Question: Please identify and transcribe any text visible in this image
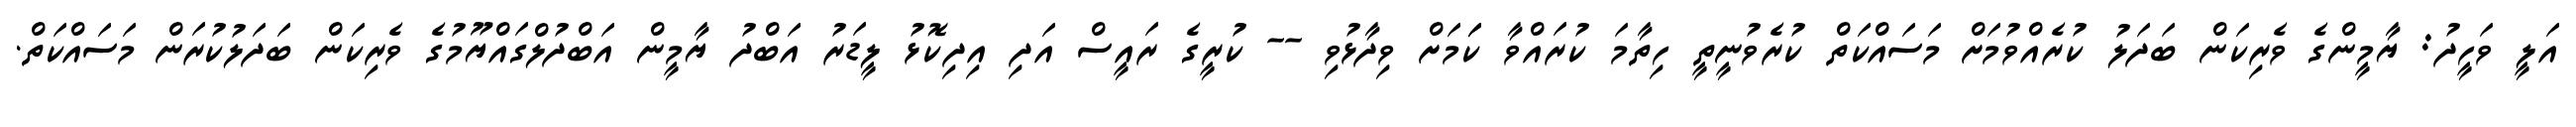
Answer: އަލީ ވަހީދު: ޔާމީންގެ ވެރިކަން ބަދަލު ކުރެއްވުމަށް މަސައްކަތް ކުރެވުނީތީ ހިތާމަ ކުރައްވާ ކަަމަށް ވިދާޅުވި -- ކުރީގެ ރައީސް އަދި އިދިކޮޅު ލީޑަރު އަބްދު ޔާމީން އަބްދުލްގައްޔޫމުގެ ވެރިކަން ބަދަލުކުރަން މަސައްކަތް.